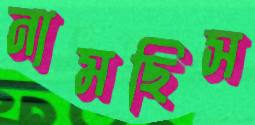
নামছিস